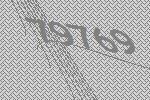
79769